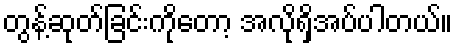
တွန့်ဆုတ်ခြင်းကိုတော့ အလိုရှိအပ်ပါတယ်။